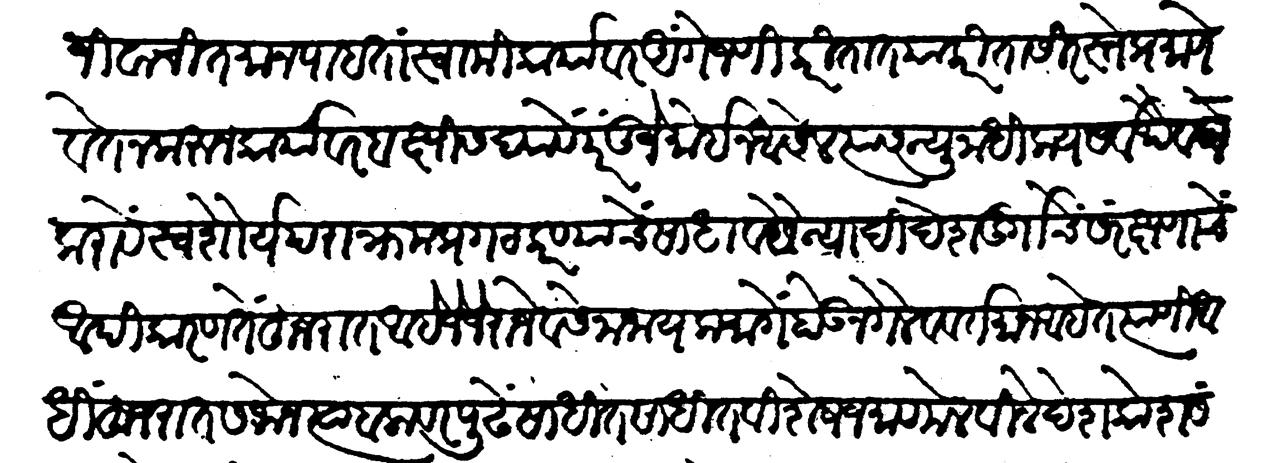
Transliteration (Devanagari): जीवाची तमा न पाहता स्वामीकार्यावर अंगेजणी करीतात याकरितां सिरस्ते प्रमाणें वेतन करून कार्यावर बक्षीस द्यावे परंतु जे मोईन आसेल त्यास न्यूनाधिक्य सर्वथैव न करावें स्वशौर्य पराक्रम प्रगट करण्याचें साधन नव सैन्यादि देशदुगचि संरक्षणाचें आदिकारण तें हुजरात आहे जे जे राजे व सेनानायक मागें होऊन गेले व वर्तमान आहेत त्यांणी आधी हुजरात सजोन त्या बळावर पुढे साधीत साधीत विशेष जमाव मेळविले देशकोश संपादिले